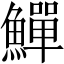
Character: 鱓